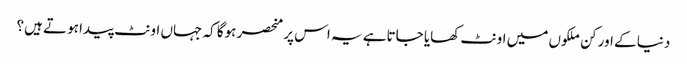
دنیا کے اور کن ملکوں میں اونٹ کھایا جاتاہے یہ اس پر منحصر ہوگا کہ جہاں اونٹ پیدا ہوتے ہیں؟